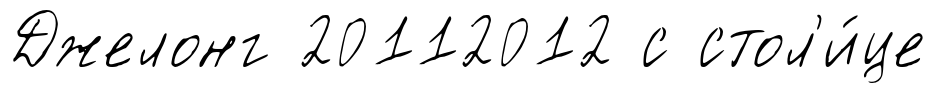
Джелонг 20112012 с стол'и́це